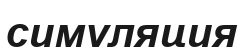
симуляция